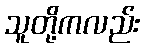
သူတို့ကလည်း